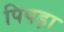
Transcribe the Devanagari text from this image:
पिपड़ा